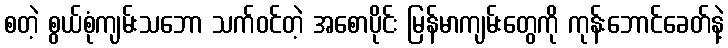
စတဲ့ စွယ်စုံကျမ်းသဘော သက်ဝင်တဲ့ အစောပိုင်း မြန်မာကျမ်းတွေကို ကုန်းဘောင်ခေတ်နဲ့